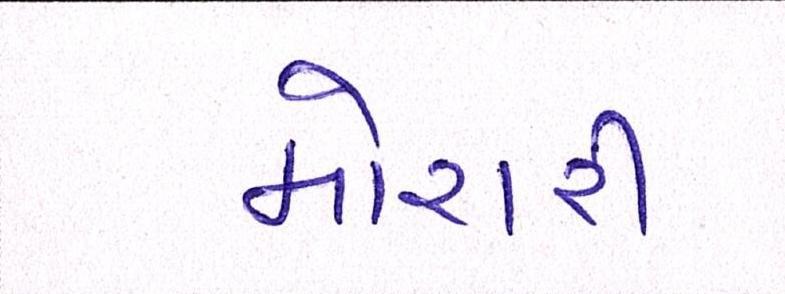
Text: મોરારી